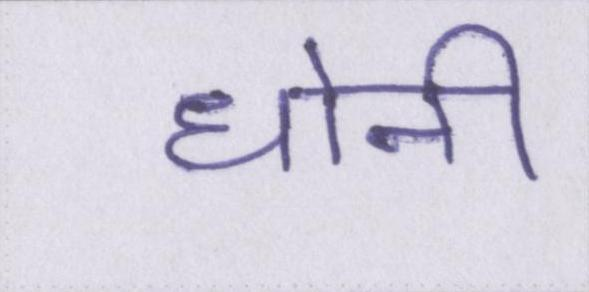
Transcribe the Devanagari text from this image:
धोनी